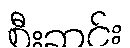
စီးဆင်း